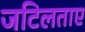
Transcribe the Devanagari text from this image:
जटिलताए